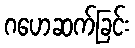
ဂဟေဆက်ခြင်း